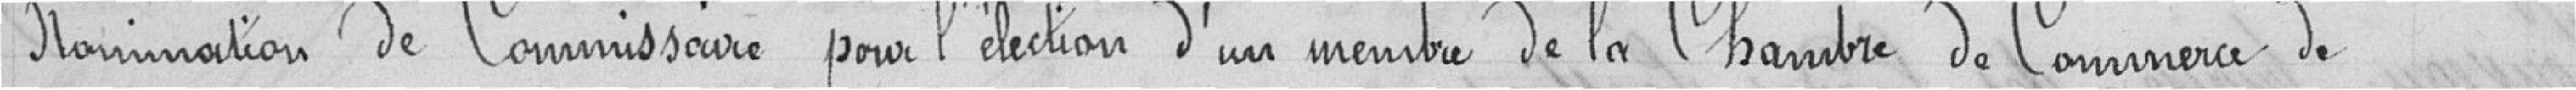
Nomination de Commissaire pour l'élection d'un membre de la Chambre de Commerce de